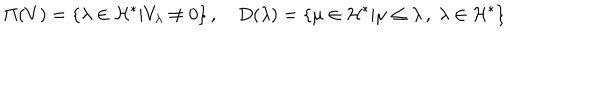
\Pi ( V ) = \{ \lambda \in { \cal H } ^ { * } | V _ { \lambda } \neq 0 \} \, , ~ D ( \lambda ) = \{ \mu \in { \cal H } ^ { * } | \mu \leq \lambda \, , ~ \lambda \in { \cal H } ^ { * } \} \nonumber